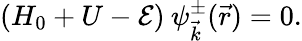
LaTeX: (H_{0}+U-\mathcal{E})\: \psi_{\vec{{k}}}^{\pm}(\vec{{r}})=0.